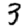
Digit: 3